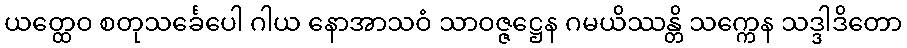
ယတ္ထေဝ စတုသင်္ခေပေါ ဂါယ နောအာသဝံ သာဝဇ္ဇဋ္ဌေန ဂမယိဿန္တိ သက္ကေန သဒ္ဒါဒိတော